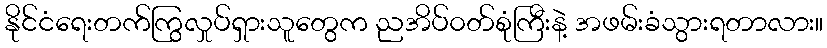
နိုင်ငံရေးတက်ကြွလှုပ်ရှားသူတွေက ညအိပ်၀တ်စုံကြီးနဲ့ အဖမ်းခံသွားရတာလား။